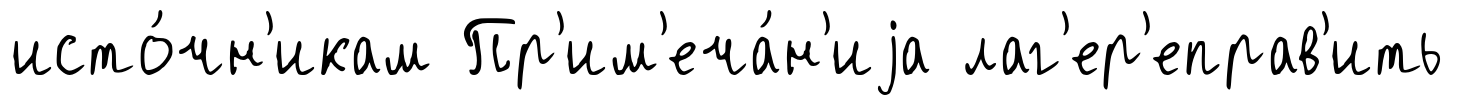
исто́чн'икам Пр'им'еча́н'иjа лаг'ер'еправ'ить